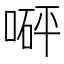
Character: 𠹶